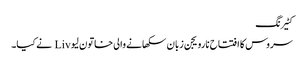
کٹیرنگ
سروس کا افتتاح نارویجن زبان سکھانے والی خاتون لیو Liv نے کیا۔